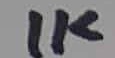
Text: 1K